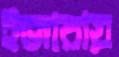
ইজারায়